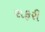
સફરી